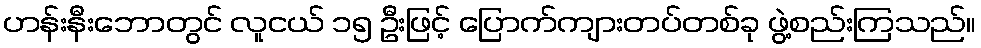
ဟန်းနီးဘောတွင် လူငယ် ၁၅ ဦးဖြင့် ပြောက်ကျားတပ်တစ်ခု ဖွဲ့စည်းကြသည်။